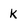
Character: k